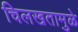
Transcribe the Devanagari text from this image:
चिलखतामुळे